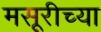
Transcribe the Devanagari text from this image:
मसूरीच्या